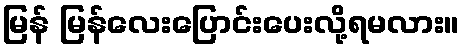
မြန် မြန်လေးပြောင်းပေးလို့ရမလား။